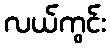
လယ်ကွင်း